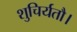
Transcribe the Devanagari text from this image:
शुचिर्यतौ।